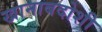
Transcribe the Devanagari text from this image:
खानाबदोशी